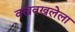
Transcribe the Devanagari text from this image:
वखवखलेला